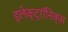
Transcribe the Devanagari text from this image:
इलेक्ट्रॉनिक्‍स